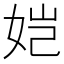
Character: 𫝧